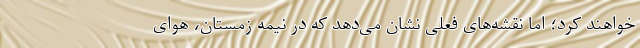
خواهند کرد؛ اما نقشه‌های فعلی نشان می‌دهد که در نیمه زمستان، هوای